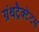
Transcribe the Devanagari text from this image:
ग्रंथट्रैक्टेटस